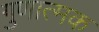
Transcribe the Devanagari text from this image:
गुणात्‍मक